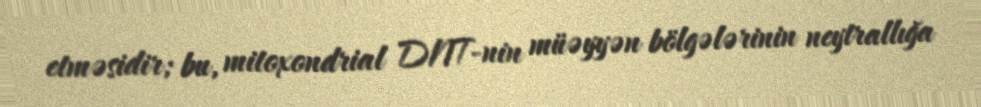
etməsidir; bu, mitoxondrial DNT-nin müəyyən bölgələrinin neytrallığa